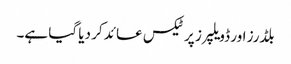
بلڈرز اور ڈویلپرز پر ٹیکس عائد کر دیا گیا ہے۔